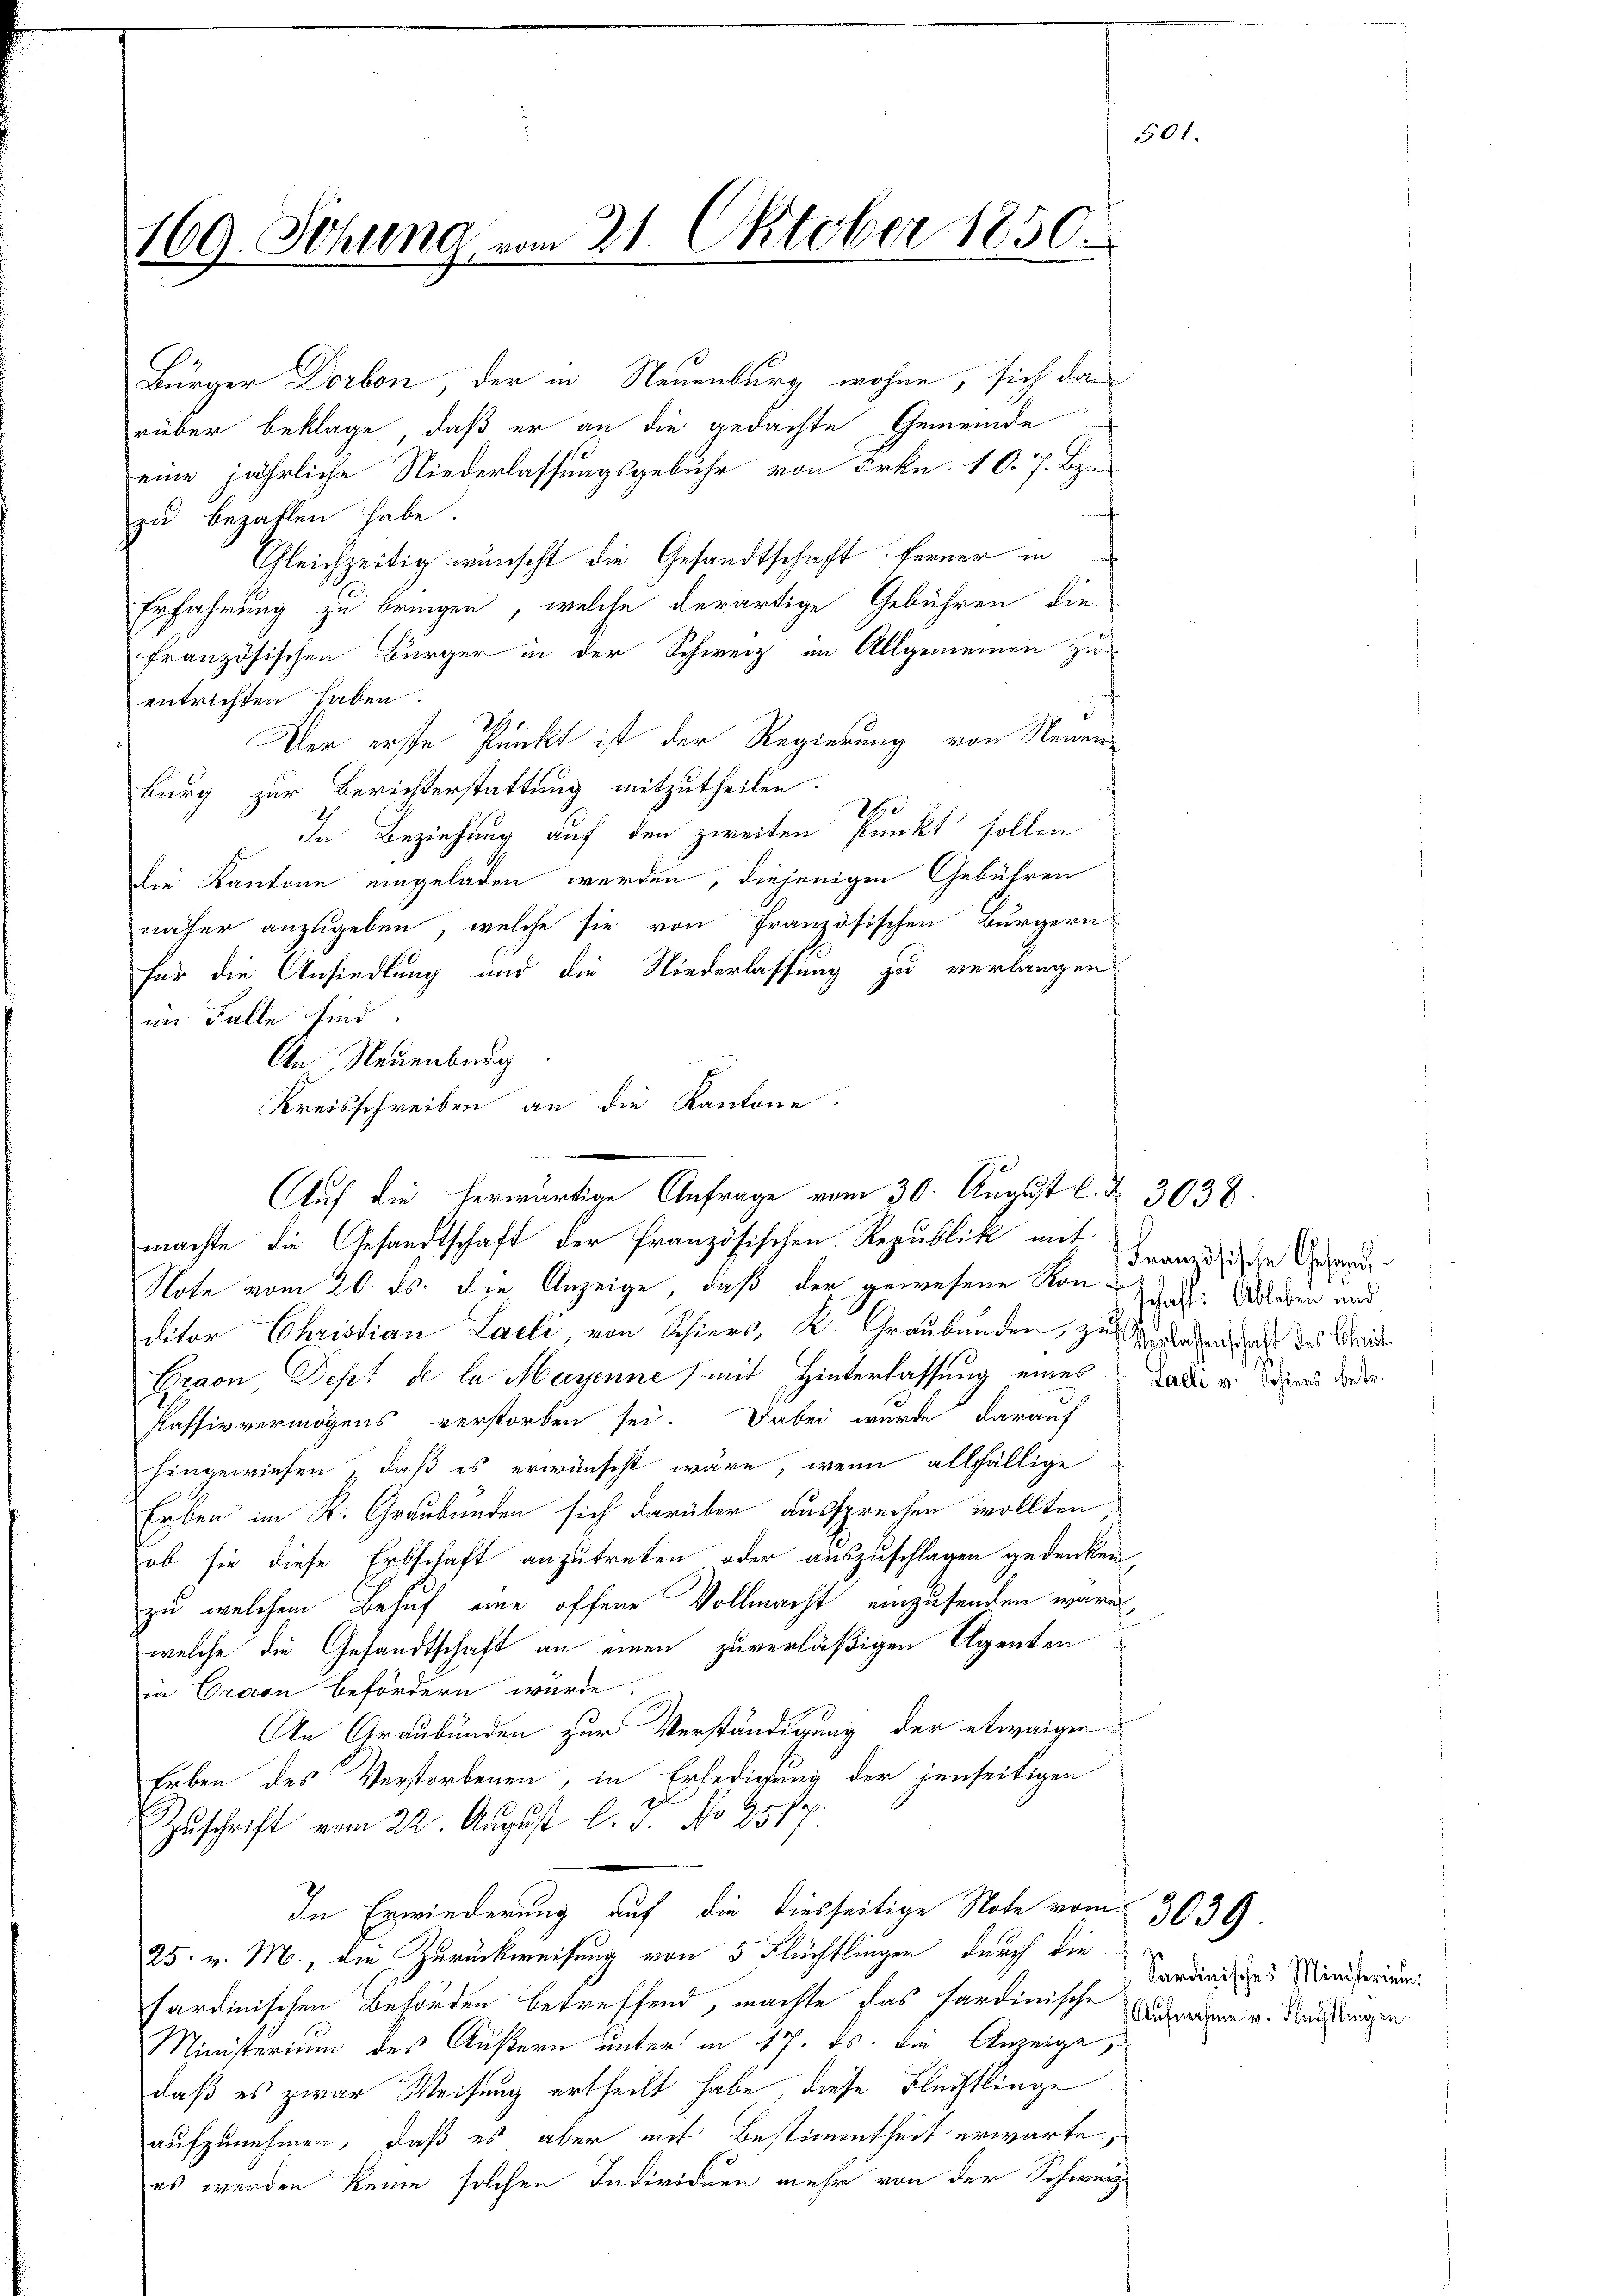
169. Sitzung vom 21. Oktober 1850.

Bürger Dorbon der in Neuenburg wohne, sich das
rüber beklage, daß er an die gedachte Gemeinde
eine jährliche Niederlassungsgebühr von Frkn. 10. 7. Bz.
zu bezahlen habe.
Gleichzeitig wünscht die Gesandtschaft ferner in
Erfahrung zu bringen, welche derartige Gebühren die
französischen Bürger in der Schweiz in Allgemeinen zu
entrichten haben.
Ver erste Punkt ist der Regierung von Neuen
burg zur Berichterstattung mitzutheilen.
1te
In Beziehung auf den zweiten Punkt sollen
die Kantone eingeladen werden, diejenigen Gebühren
näher anzugeben, welche sie von Französischen Bürgern
für die Ansiedlung und die Niederlassung zu verlangen
im Falle sind.
Note vom 20. ds. die Anzeige, daß der gewesene Kon-daß. Abladen und
ditor Christian Laeli, von Schiers, A. Graubünden, zu geladensaft des Ord
Graon Depes de la Mayenne (mit Hinterlassung eines da die Sores oder
Passivvermögens verstorben sei. Dabei wurde darauf
hingewiesen, daß es erwünscht wäre, wenn allfällige
Erben im K. Graubünden sich darüber aussprechen wollten,
ob sie diese Erbschaft anzutreten oder auszuschlagen gedenken,
zu welchem Behuf eine offene Vollmacht einzusenden waren,
welche die Gesandtschaft an einen zuverläßigen Agenten
in Craon befördern wurde.
An Graubünden zur Verständigung der etwaigen
Leben des Verstorbenen, in Erledigung der jenseitigen
Zŭschrift vom 22. August l. J. No 9577.
In Erwiederung auf die diesseitige Note vom 3039.
25. v. M., die Zurückweisung von 5 Flüchtlingen, durch die
sardinischen Behörden betreffend, machte das sardinische Antragen v. Nachtungen.
Ministerium des Äußern unter in 17. ds. die Anzeige,
daß es zwar Weisung ertheilt habe, diese Flechtlinge
aufzunehmen, daß es aber mit Bestimmtheit erwarte,
es werden keine solchen Individuen mehr von der Schweiz.

An Neuenburg
Kreisschreiben an die Kantone.
e
Auf die herwärtige Anfrage vom 30. August l. N. 3038
machte die Gesandtschaft der französischen Republik mit

501.

Französische Gesandt¬

Sardinisches Ministerium.